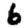
Digit: 6